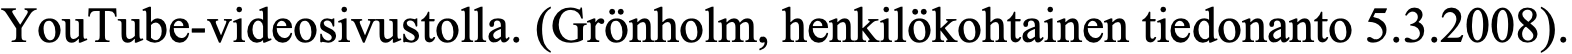
YouTube-videosivustolla. (Grönholm, henkilökohtainen tiedonanto 5.3.2008).